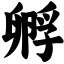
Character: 孵